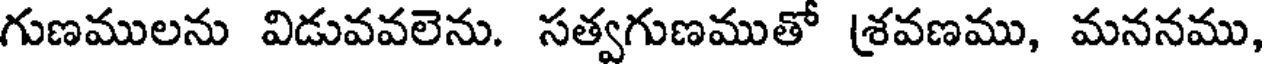
గుణములను విడువవలెను. సత్వగుణముతో శ్రవణము, మననము,